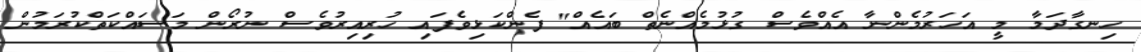
ހިނގާދަމާ މީ އަހަރުމެންނާ އެއްވެސް ގުޅުމެއްނެތް ބައެއް" ފެންކަޅިވެފައި ހުރިއިރުވެސް ނުރޯން މަސައްކަތްކުރަމުން